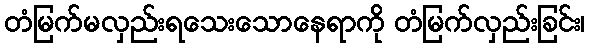
တံမြက်မလှည်းရသေးသောနေရာကို တံမြက်လှည်းခြင်း၊